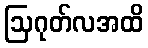
ဩဂုတ်လအထိ